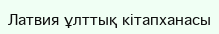
Латвия ұлттық кітапханасы